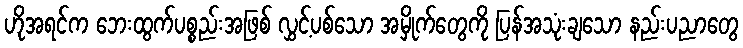
ဟိုအရင်က ဘေးထွက်ပစ္စည်းအဖြစ် လွှင့်ပစ်သော အမှိုက်တွေကို ပြန်အသုံးချသော နည်းပညာတွေ